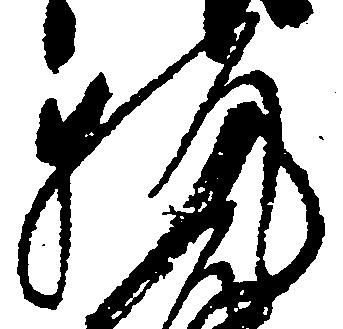
執